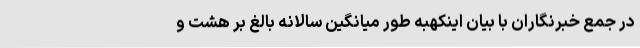
در جمع خبرنگاران با بیان اینکهبه طور میانگین سالانه بالغ بر هشت و